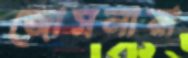
জোসনারা